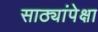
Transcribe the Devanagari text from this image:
साठ्यांपेक्षा